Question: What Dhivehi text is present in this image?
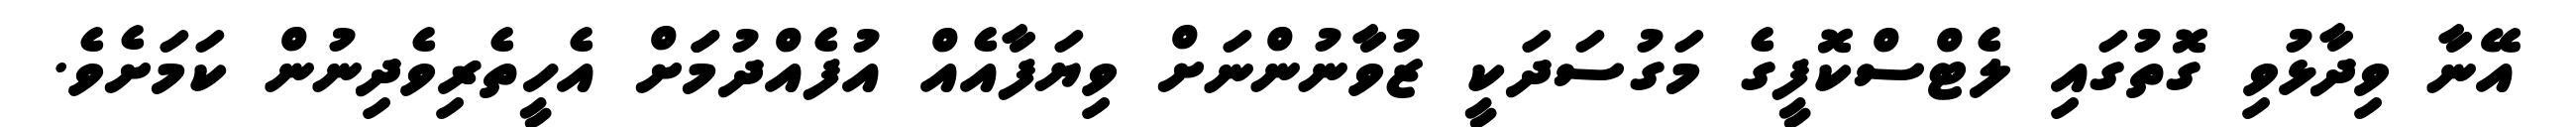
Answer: އޭނާ ވިދާޅުވި ގޮތުގައި ލެޓްސްކޮފީގެ މަގުސަދަކީ ޒުވާނުންނަށް ވިޔަފާއެއް އުފެއްދުމަަށް އެހީތެރިވެދިނުން ކަމަށެވެ.